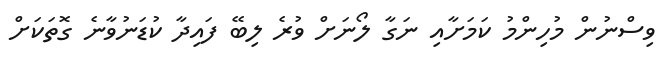
ވިސްނުން މުހިންމު ކަމަށާއި ނަގާ ލޯނަށް ވުރެ ލިބޭ ފައިދާ ކުޑަނުވާނެ ގޮތަކަށް